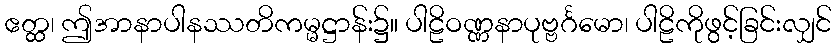
ဧတ္ထ၊ ဤအာနာပါနဿတိကမ္မဋ္ဌာန်း၌။ ပါဠိဝဏ္ဏနာပုဗ္ဗင်္ဂမော၊ ပါဠိကိုဖွင့်ခြင်းလျှင်